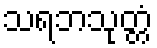
သရဘသုတ္တံ